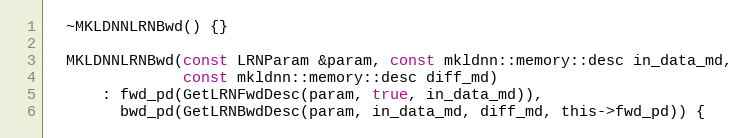
Language: C
  ~MKLDNNLRNBwd() {}

  MKLDNNLRNBwd(const LRNParam &param, const mkldnn::memory::desc in_data_md,
               const mkldnn::memory::desc diff_md)
      : fwd_pd(GetLRNFwdDesc(param, true, in_data_md)),
        bwd_pd(GetLRNBwdDesc(param, in_data_md, diff_md, this->fwd_pd)) {